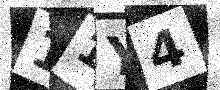
Text: 11Y4